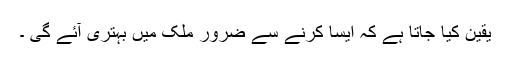
یقین کیا جاتا ہے کہ ایسا کرنے سے ضرور ملک میں بہتری آئے گی ۔